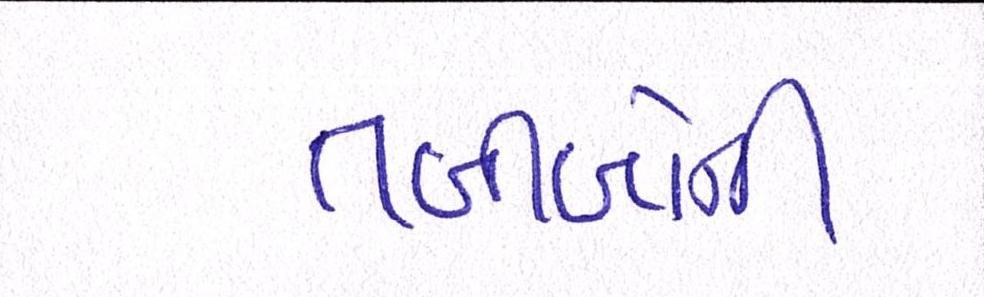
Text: તબીબોની